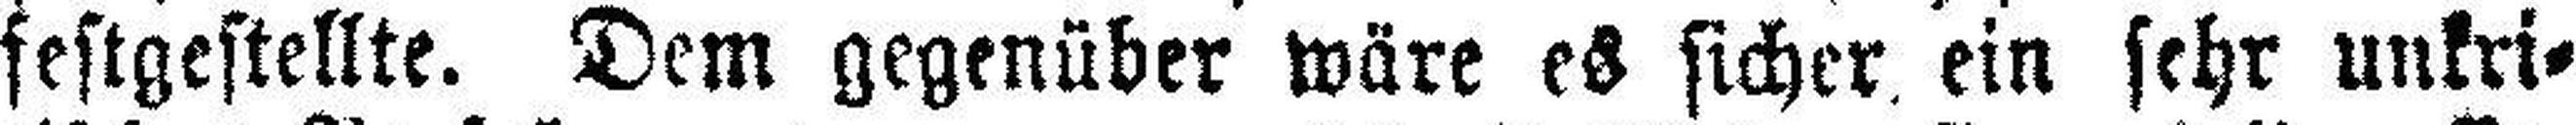
festgestellte. Dem gegenüber wäre es sicher ein sehr unkri¬